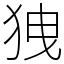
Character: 㹭